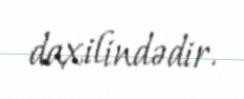
daxilindədir.